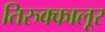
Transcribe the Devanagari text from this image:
तिरुक्कालूर